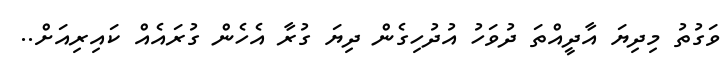
ވަގުތު މިދިޔަ އާދީއްތަ ދުވަހު އުދުހިގެން ދިޔަ ގުރާ އެހެން ގުރައެއް ކައިރިއަށް..